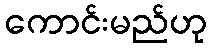
ကောင်းမည်ဟု